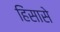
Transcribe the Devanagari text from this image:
हिंसासे